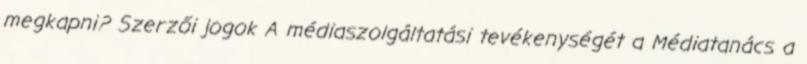
megkapni? Szerzői jogok A médiaszolgáltatási tevékenységét a Médiatanács a